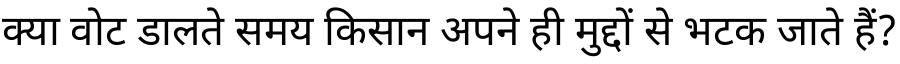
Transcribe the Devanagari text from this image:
क्या वोट डालते समय किसान अपने ही मुद्दों से भटक जाते हैं?